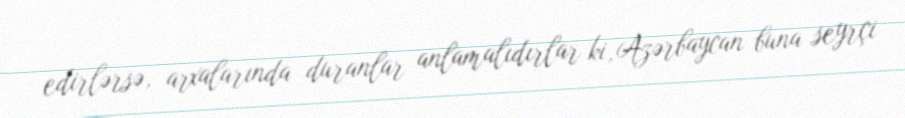
edirlərsə, arxalarında duranlar anlamalıdırlar ki, Azərbaycan buna seyrçi